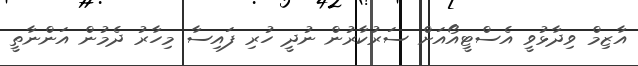
އާޒިމް ވިދާޅުވީ އެސްޓީއޯއަށް ސަރުކާރުން ނުދީ ހުރި ފައިސާ މިހާރު ދެމުން އަންނާތީ